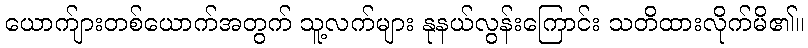
ယောက်ျားတစ်ယောက်အတွက် သူ့လက်များ နုနယ်လွန်းကြောင်း သတိထားလိုက်မိ၏။